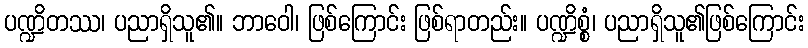
ပဏ္ဍိတဿ၊ ပညာရှိသူ၏။ ဘာဝေါ၊ ဖြစ်ကြောင်း ဖြစ်ရာတည်း။ ပဏ္ဍိစ္စံ၊ ပညာရှိသူ၏ဖြစ်ကြောင်း